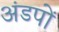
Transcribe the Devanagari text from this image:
अंडपों